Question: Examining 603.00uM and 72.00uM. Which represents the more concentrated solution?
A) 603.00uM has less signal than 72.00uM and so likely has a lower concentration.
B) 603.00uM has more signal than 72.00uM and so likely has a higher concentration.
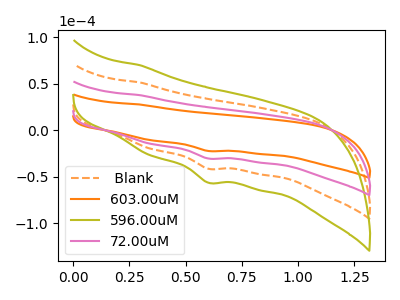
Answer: <think>The orange dashed curve " Blank" has a cathodic peak at: (0.60V, -60.80uA). The orange curve "603.00uM" has a cathodic peak at: (0.60V, -22.30uA). The olive curve "596.00uM" has a cathodic peak at: (0.60V, -91.15uA). The pink curve "72.00uM" has a cathodic peak at: (0.60V, -30.40uA).
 All the peaks in "603.00uM" have a peak in "72.00uM" at the same potential. Every peak in "603.00uM" is lower than every peak in "72.00uM".</think>
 <answer>A) "603.00uM" has less signal than "72.00uM" and so likely has a lower concentration.</answer>
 <eval>A</eval>